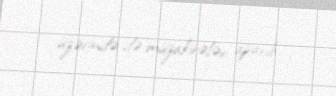
üzərində də müzakirələr aparıb.